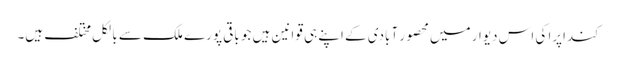
کنداپرا کی اس دیوار میں محصور آبادی کے اپنے ہی قوانین ہیں جو باقی پورے ملک سے بالکل مختلف ہیں۔